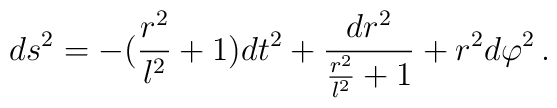
ds^2 = - (\frac{r^2}{l^2}+1) dt^2 + \frac{dr^2}{\frac{r^2}{l^2}+1} + r^2 d\varphi^2 \, .